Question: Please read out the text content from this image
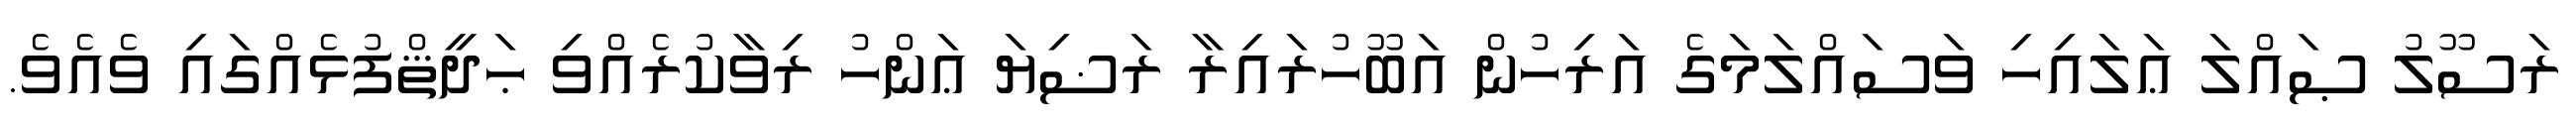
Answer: ރަސޫލު ޞައްލަ ޢަލައިހި ވަސައްލަމަގެ އަރިހުން އަބޫހުރައިރާ ރަޟިޔަ ޢަންހު ރިވާކުރެއްވި ޙަދީޘްފުޅެއްގައި ވެއެވެ.